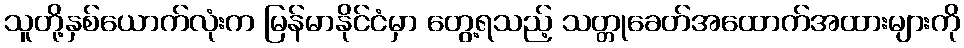
သူတို့နှစ်ယောက်လုံးက မြန်မာနိုင်ငံမှာ တွေ့ရသည့် သတ္တုခေတ်အထောက်အထားများကို